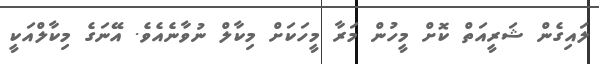
ލައިގެން ޝަރީއަތް ކޮށް މީހުން މަރާ މީހަކަށް މިކާލް ނުވާނެއެވެ. އޭނަގެ މިކާލްއަކީ